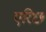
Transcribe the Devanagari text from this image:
एरिछ